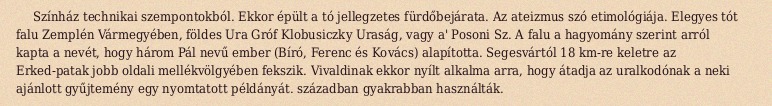
Színház technikai szempontokból. Ekkor épült a tó jellegzetes fürdőbejárata. Az ateizmus szó etimológiája. Elegyes tót falu Zemplén Vármegyében, földes Ura Gróf Klobusiczky Uraság, vagy a' Posoni Sz. A falu a hagyomány szerint arról kapta a nevét, hogy három Pál nevű ember (Bíró, Ferenc és Kovács) alapította. Segesvártól 18 km-re keletre az Erked-patak jobb oldali mellékvölgyében fekszik. Vivaldinak ekkor nyílt alkalma arra, hogy átadja az uralkodónak a neki ajánlott gyűjtemény egy nyomtatott példányát. században gyakrabban használták.